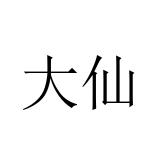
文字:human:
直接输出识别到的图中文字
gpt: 大仙